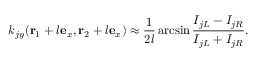
k _ { j y } ( \mathbf { r } _ { 1 } + l \mathbf { e } _ { x } , \mathbf { r } _ { 2 } + l \mathbf { e } _ { x } ) \approx \frac { 1 } { 2 l } \arcsin \frac { I _ { j L } - I _ { j R } } { I _ { j L } + I _ { j R } } .